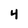
Character: 4